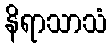
နိရာသာသံ